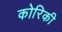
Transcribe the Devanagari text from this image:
कोरिकी